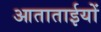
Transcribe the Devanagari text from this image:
आताताईयों